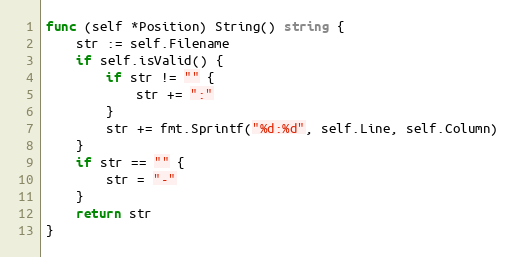
Language: Go
func (self *Position) String() string {
	str := self.Filename
	if self.isValid() {
		if str != "" {
			str += ":"
		}
		str += fmt.Sprintf("%d:%d", self.Line, self.Column)
	}
	if str == "" {
		str = "-"
	}
	return str
}